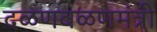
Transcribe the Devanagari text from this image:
दळणवळणमंत्री